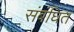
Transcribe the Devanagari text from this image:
संबंघित